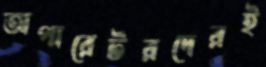
অপারেটরদেরই